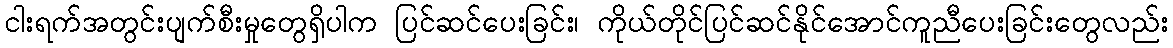
ငါးရက်အတွင်းပျက်စီးမှုတွေရှိပါက ပြင်ဆင်ပေးခြင်း၊ ကိုယ်တိုင်ပြင်ဆင်နိုင်အောင်ကူညီပေးခြင်းတွေလည်း